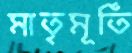
মাতৃমূর্তি